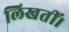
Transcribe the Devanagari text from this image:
लिखतीं।